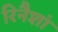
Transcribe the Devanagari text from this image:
रिनैशां